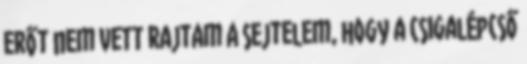
erőt nem vett rajtam a sejtelem, hogy a csigalépcső